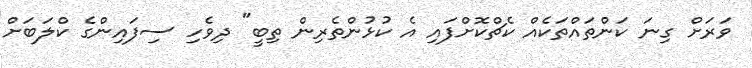
ވަރަށް ގިނަ ކަންތައްތަކެއް ކެޗްކޮށްފައި އެ ކުޅުންތެރިން ތިބީ" ދިވެހި ސިފައިންގެ ކްލަބަށް